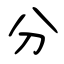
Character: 分